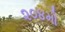
૨૦૪મો